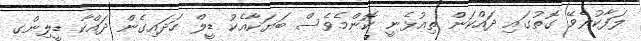
ލަފާކުރެވޭ ގޮތުގައި ދައްކަން ތިއުޅެނީ ކޮންމެވެސް ބަޔަކާއެކު ޑީލް ހަދައިގެން ދައްކާ ޑީލިންގ